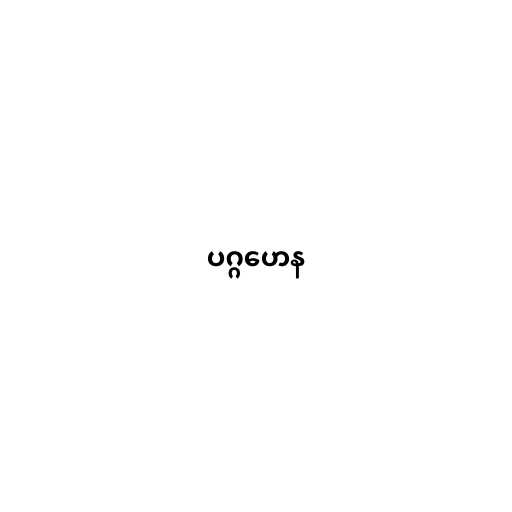
ပဂ္ဂဟေန